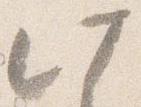
此